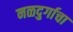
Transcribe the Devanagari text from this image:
नळदुर्गाचा